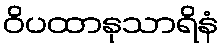
ဝိပထာနုသာရိနံ